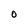
Character: O